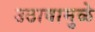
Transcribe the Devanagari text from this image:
उठावामुळे